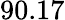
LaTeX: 90.17